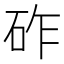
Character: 砟